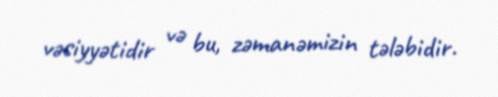
vəsiyyətidir və bu, zəmanəmizin tələbidir.